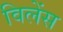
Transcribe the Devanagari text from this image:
विलेंस